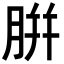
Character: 腁